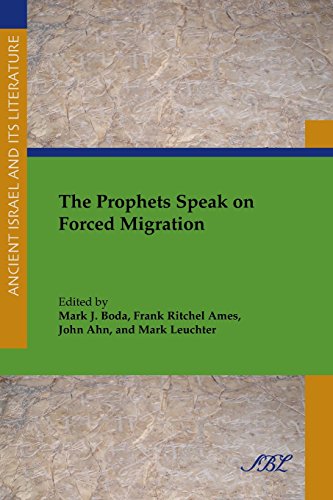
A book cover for The Prophets Speak on Forced Migration (Ancient Israel and Its Literature); Mark J. Boda; Christian Books & Bibles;